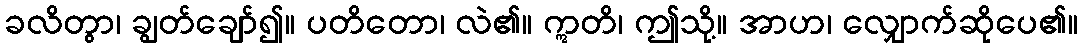
ခလိတွာ၊ ချွတ်ချော်၍။ ပတိတော၊ လဲ၏။ ဣတိ၊ ဤသို့။ အာဟ၊ လျှောက်ဆိုပေ၏။